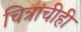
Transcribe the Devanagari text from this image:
चित्रांचीही